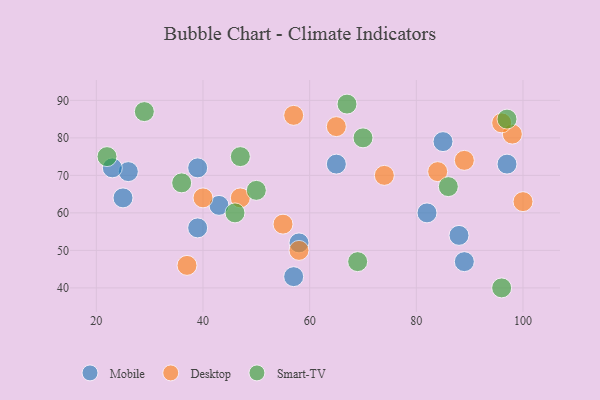
{"axis": {"x": "GDP", "y": "Life Expectancy"}, "legend": ["Desktop", "Mobile", "Smart-TV"], "data": [{"x": "39", "y": 56, "type": "Mobile"}, {"x": "43", "y": 62, "type": "Mobile"}, {"x": "89", "y": 47, "type": "Mobile"}, {"x": "65", "y": 73, "type": "Mobile"}, {"x": "58", "y": 52, "type": "Mobile"}, {"x": "57", "y": 43, "type": "Mobile"}, {"x": "88", "y": 54, "type": "Mobile"}, {"x": "26", "y": 71, "type": "Mobile"}, {"x": "25", "y": 64, "type": "Mobile"}, {"x": "85", "y": 79, "type": "Mobile"}, {"x": "23", "y": 72, "type": "Mobile"}, {"x": "39", "y": 72, "type": "Mobile"}, {"x": "97", "y": 73, "type": "Mobile"}, {"x": "82", "y": 60, "type": "Mobile"}, {"x": "84", "y": 71, "type": "Desktop"}, {"x": "40", "y": 64, "type": "Desktop"}, {"x": "55", "y": 57, "type": "Desktop"}, {"x": "37", "y": 46, "type": "Desktop"}, {"x": "58", "y": 50, "type": "Desktop"}, {"x": "89", "y": 74, "type": "Desktop"}, {"x": "74", "y": 70, "type": "Desktop"}, {"x": "98", "y": 81, "type": "Desktop"}, {"x": "57", "y": 86, "type": "Desktop"}, {"x": "65", "y": 83, "type": "Desktop"}, {"x": "47", "y": 64, "type": "Desktop"}, {"x": "96", "y": 84, "type": "Desktop"}, {"x": "100", "y": 63, "type": "Desktop"}, {"x": "86", "y": 67, "type": "Smart-TV"}, {"x": "50", "y": 66, "type": "Smart-TV"}, {"x": "70", "y": 80, "type": "Smart-TV"}, {"x": "97", "y": 85, "type": "Smart-TV"}, {"x": "67", "y": 89, "type": "Smart-TV"}, {"x": "46", "y": 60, "type": "Smart-TV"}, {"x": "36", "y": 68, "type": "Smart-TV"}, {"x": "22", "y": 75, "type": "Smart-TV"}, {"x": "29", "y": 87, "type": "Smart-TV"}, {"x": "69", "y": 47, "type": "Smart-TV"}, {"x": "47", "y": 75, "type": "Smart-TV"}, {"x": "96", "y": 40, "type": "Smart-TV"}]}